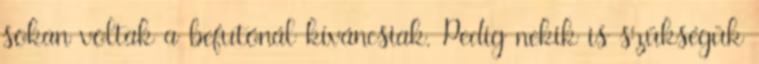
sokan voltak a befutónál kíváncsiak. Pedig nekik is szükségük